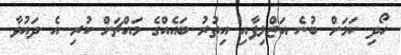
ހޯދި ކަމަށް ބުނެ އަޒްލިފާއި އިތުރު ބައެއްގެ މައްޗަށް ކުރި އެ ދައުވާ